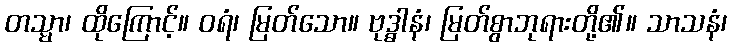
တသ္မာ၊ ထိုကြောင့်။ ဝရံ၊ မြတ်သော။ ဗုဒ္ဓါနံ၊ မြတ်စွာဘုရားတို့၏။ သာသနံ၊